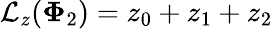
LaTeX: \mathcal{L}_{z}(\mathbf{\Phi}_{2})=z_{0}+z_{1}+z_{2}